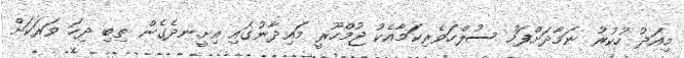
މިއަދު ހުކުރު ނަމާދަށްފަހު ސުލްހަވެރިކަމާއެކު ޖުމްހޫރީ މައިދާނުގައި އިށީނދެގެން ތިބި ދިހަ ވަރަކަށް